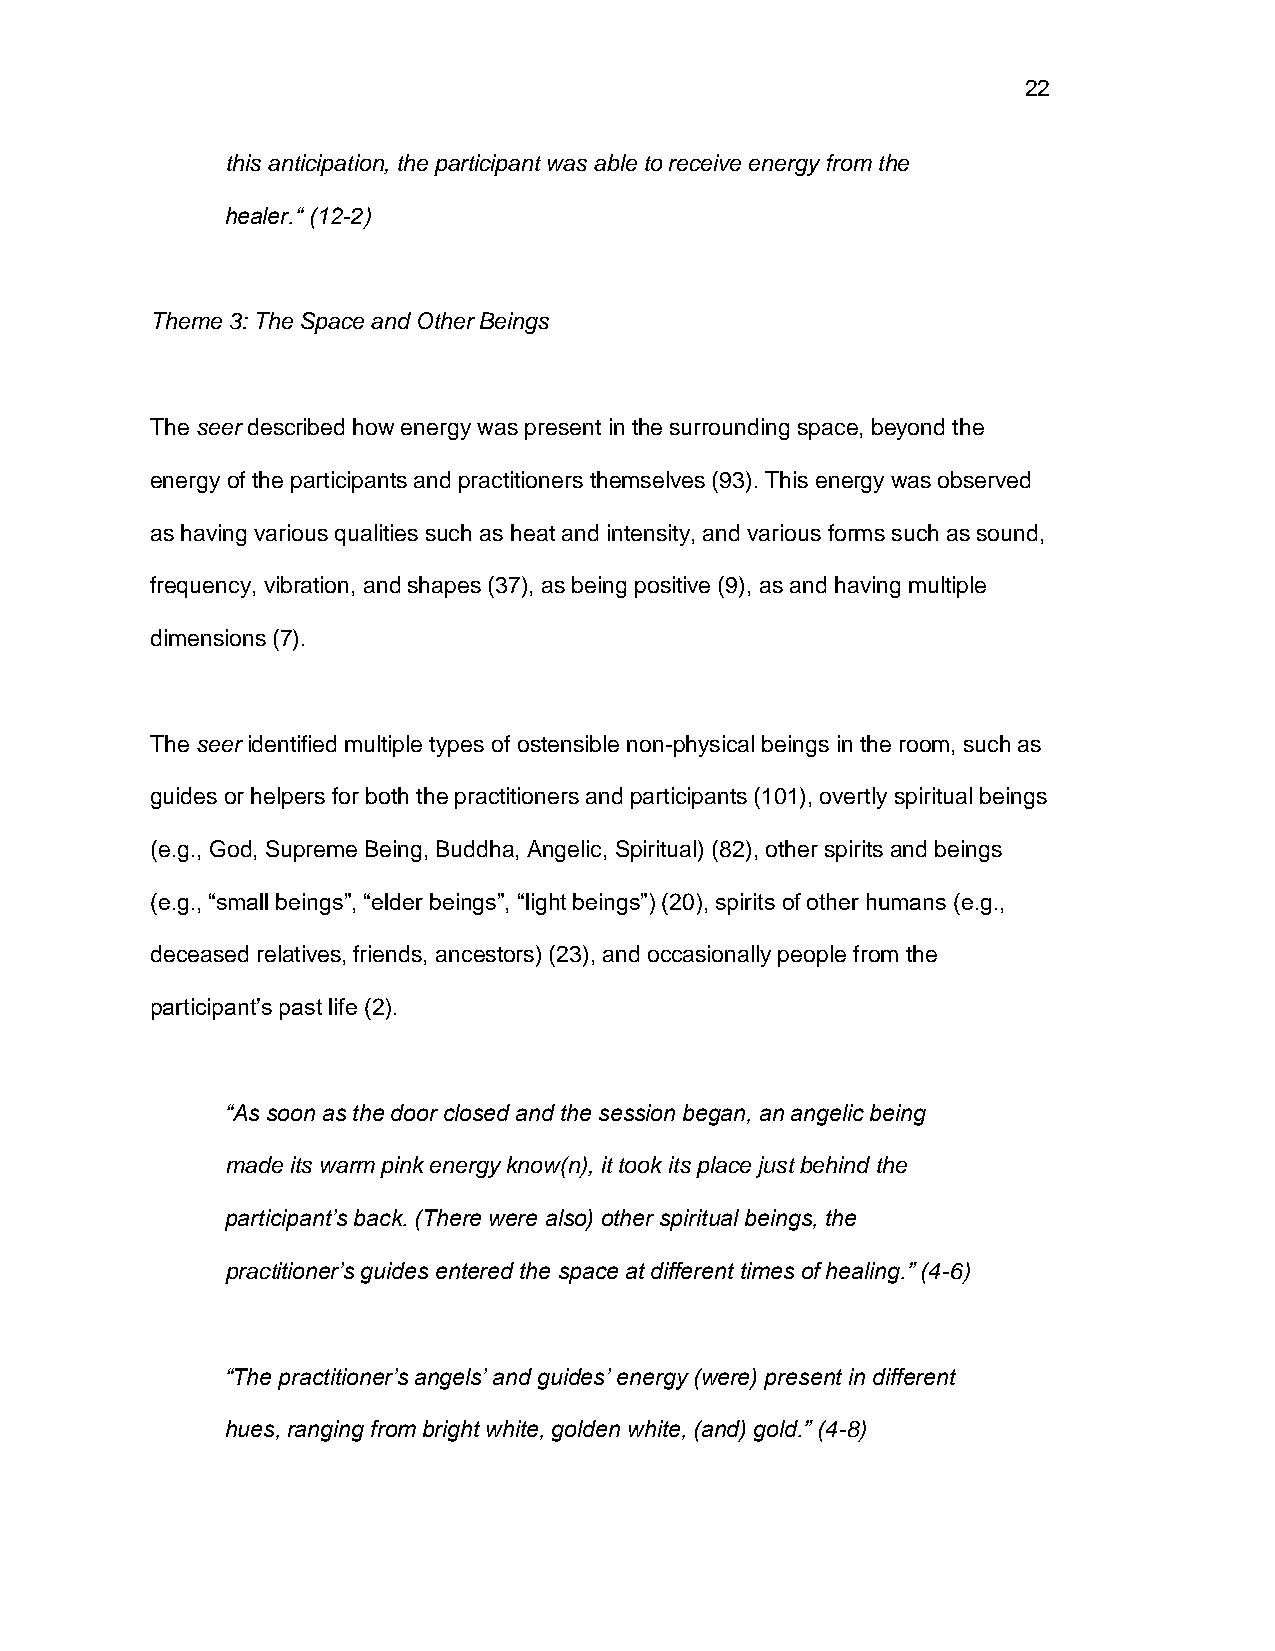
22
 this anticipation, the participant was able to receive energy from the
 healer.“ (12-2)
 Theme 3: The Space and Other Beings
 The seer described how energy was present in the surrounding space, beyond the
 energy of the participants and practitioners themselves (93). This energy was observed
 as having various qualities such as heat and intensity, and various forms such as sound,
 frequency, vibration, and shapes (37), as being positive (9), as and having multiple
 dimensions (7).
 The seer identified multiple types of ostensible non-physical beings in the room, such as
 guides or helpers for both the practitioners and participants (101), overtly spiritual beings
 (e.g., God, Supreme Being, Buddha, Angelic, Spiritual) (82), other spirits and beings
 (e.g., “small beings”, “elder beings”, “light beings”) (20), spirits of other humans (e.g.,
 deceased relatives, friends, ancestors) (23), and occasionally people from the
 participant’s past life (2).
 “As soon as the door closed and the session began, an angelic being
 made its warm pink energy know(n), it took its place just behind the
 participant’s back. (There were also) other spiritual beings, the
 practitioner’s guides entered the space at different times of healing.” (4-6)
 “The practitioner’s angels’ and guides’ energy (were) present in different
 hues, ranging from bright white, golden white, (and) gold.” (4-8)